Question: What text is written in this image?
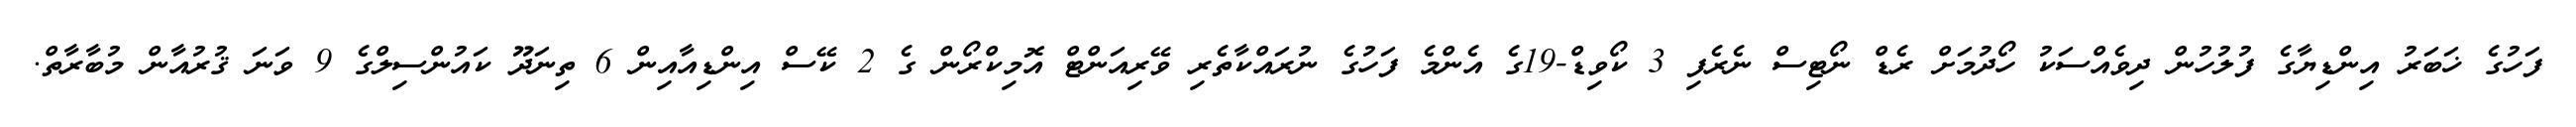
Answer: ފަހުގެ ޚަބަރު އިންޑިޔާގެ ފުލުހުން ދިވެއްސަކު ހޯދުމަށް ރެޑް ނޯޓިސް ނެރެފި 3 ކޯވިޑް-19ގެ އެންމެ ފަހުގެ ނުރައްކާތެރި ވޭރިއަންޓް އޮމިކްރޯން ގެ 2 ކޭސް އިންޑިއާއިން 6 ތިނަދޫ ކައުންސިލްގެ 9 ވަނަ ޤުރުއާން މުބާރާތް.